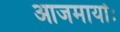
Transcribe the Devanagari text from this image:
आजमार्याः